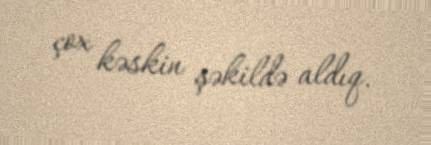
çox kəskin şəkildə aldıq.